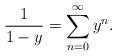
LaTeX: \begin{align*}\frac{1}{1-y} = \sum_{n=0}^\infty y^n.\end{align*}